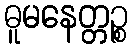
ဓူမနေတ္တဉ္စ